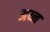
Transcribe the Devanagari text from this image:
अय्न